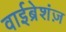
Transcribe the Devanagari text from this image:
वाईब्रेशंज़